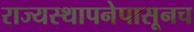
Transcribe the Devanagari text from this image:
राज्यस्थापनेपासूनच